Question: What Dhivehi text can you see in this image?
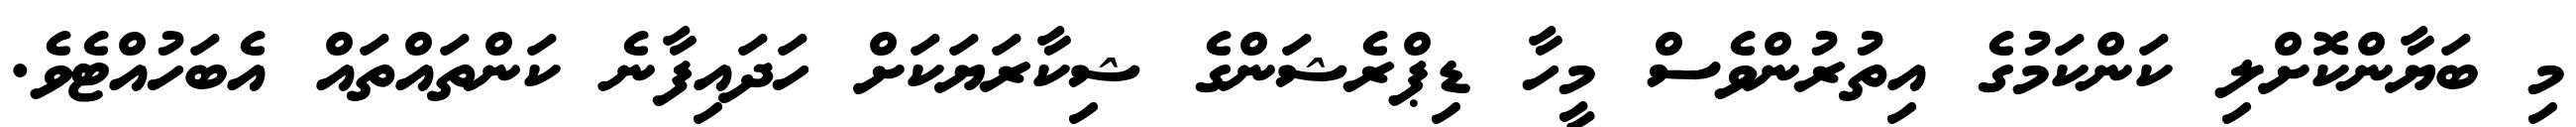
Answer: މި ބަޔާންކޮށްލި ކަންކަމުގެ އިތުރުންވެސް މީހާ ޑިޕްރެޝަންގެ ޝިކާރަޔަކަށް ހަދައިފާނެ ކަންތައްތައް އެބަހުއްޓެވެ.